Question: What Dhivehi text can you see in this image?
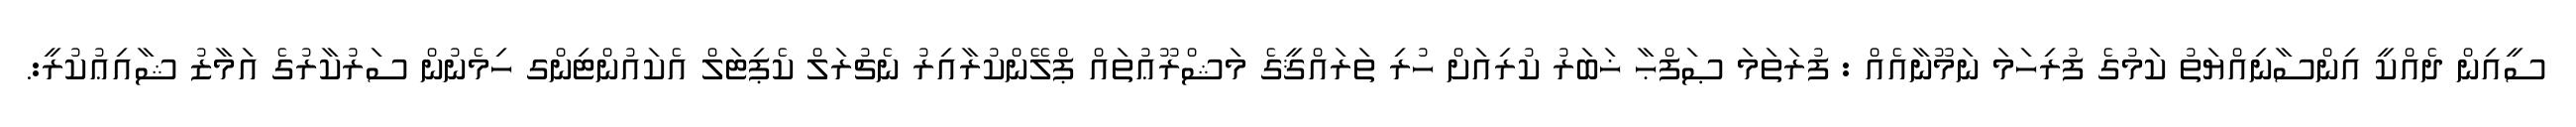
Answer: ސީއިން ދެއްކީ އިންސާނިއްޔަތު ކަމުގެ ފުރިހަމަ ނަމޫނާއެއް : ފުރަތަމަ ޞަފްޙާ ޚަބަރު ކުރިއަށް ހުރި ތަރައްޤީގެ މަޝްރޫޢުތައް ޕްލޭންކުރާއިރު ނެޗުރަލް ކެޕިޓަލް އެކައުންޓިންގ ހިމެނުން ސަރުކާރުގެ އަމާޒު ޝާއިޢުކުރީ:.